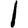
Digit: 1